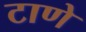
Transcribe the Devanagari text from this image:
टाणे